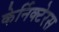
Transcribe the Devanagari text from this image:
केर्निक्टेरस